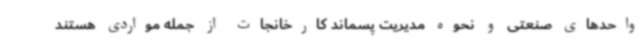
واحدهای صنعتی و نحوه مدیریت پسماند کارخانجات از جمله مواردی هستند